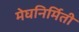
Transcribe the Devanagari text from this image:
मेघनिर्मिती